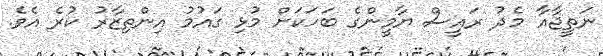
ނަތީޖާއާ މެދު ރައީސް ޔާމީންގެ ބަހަކަށް މުޅި ގައުމު އިންތިޒާރު ކުރެ އެވެ.